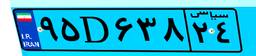
۹۲D۷۹۸۳۷